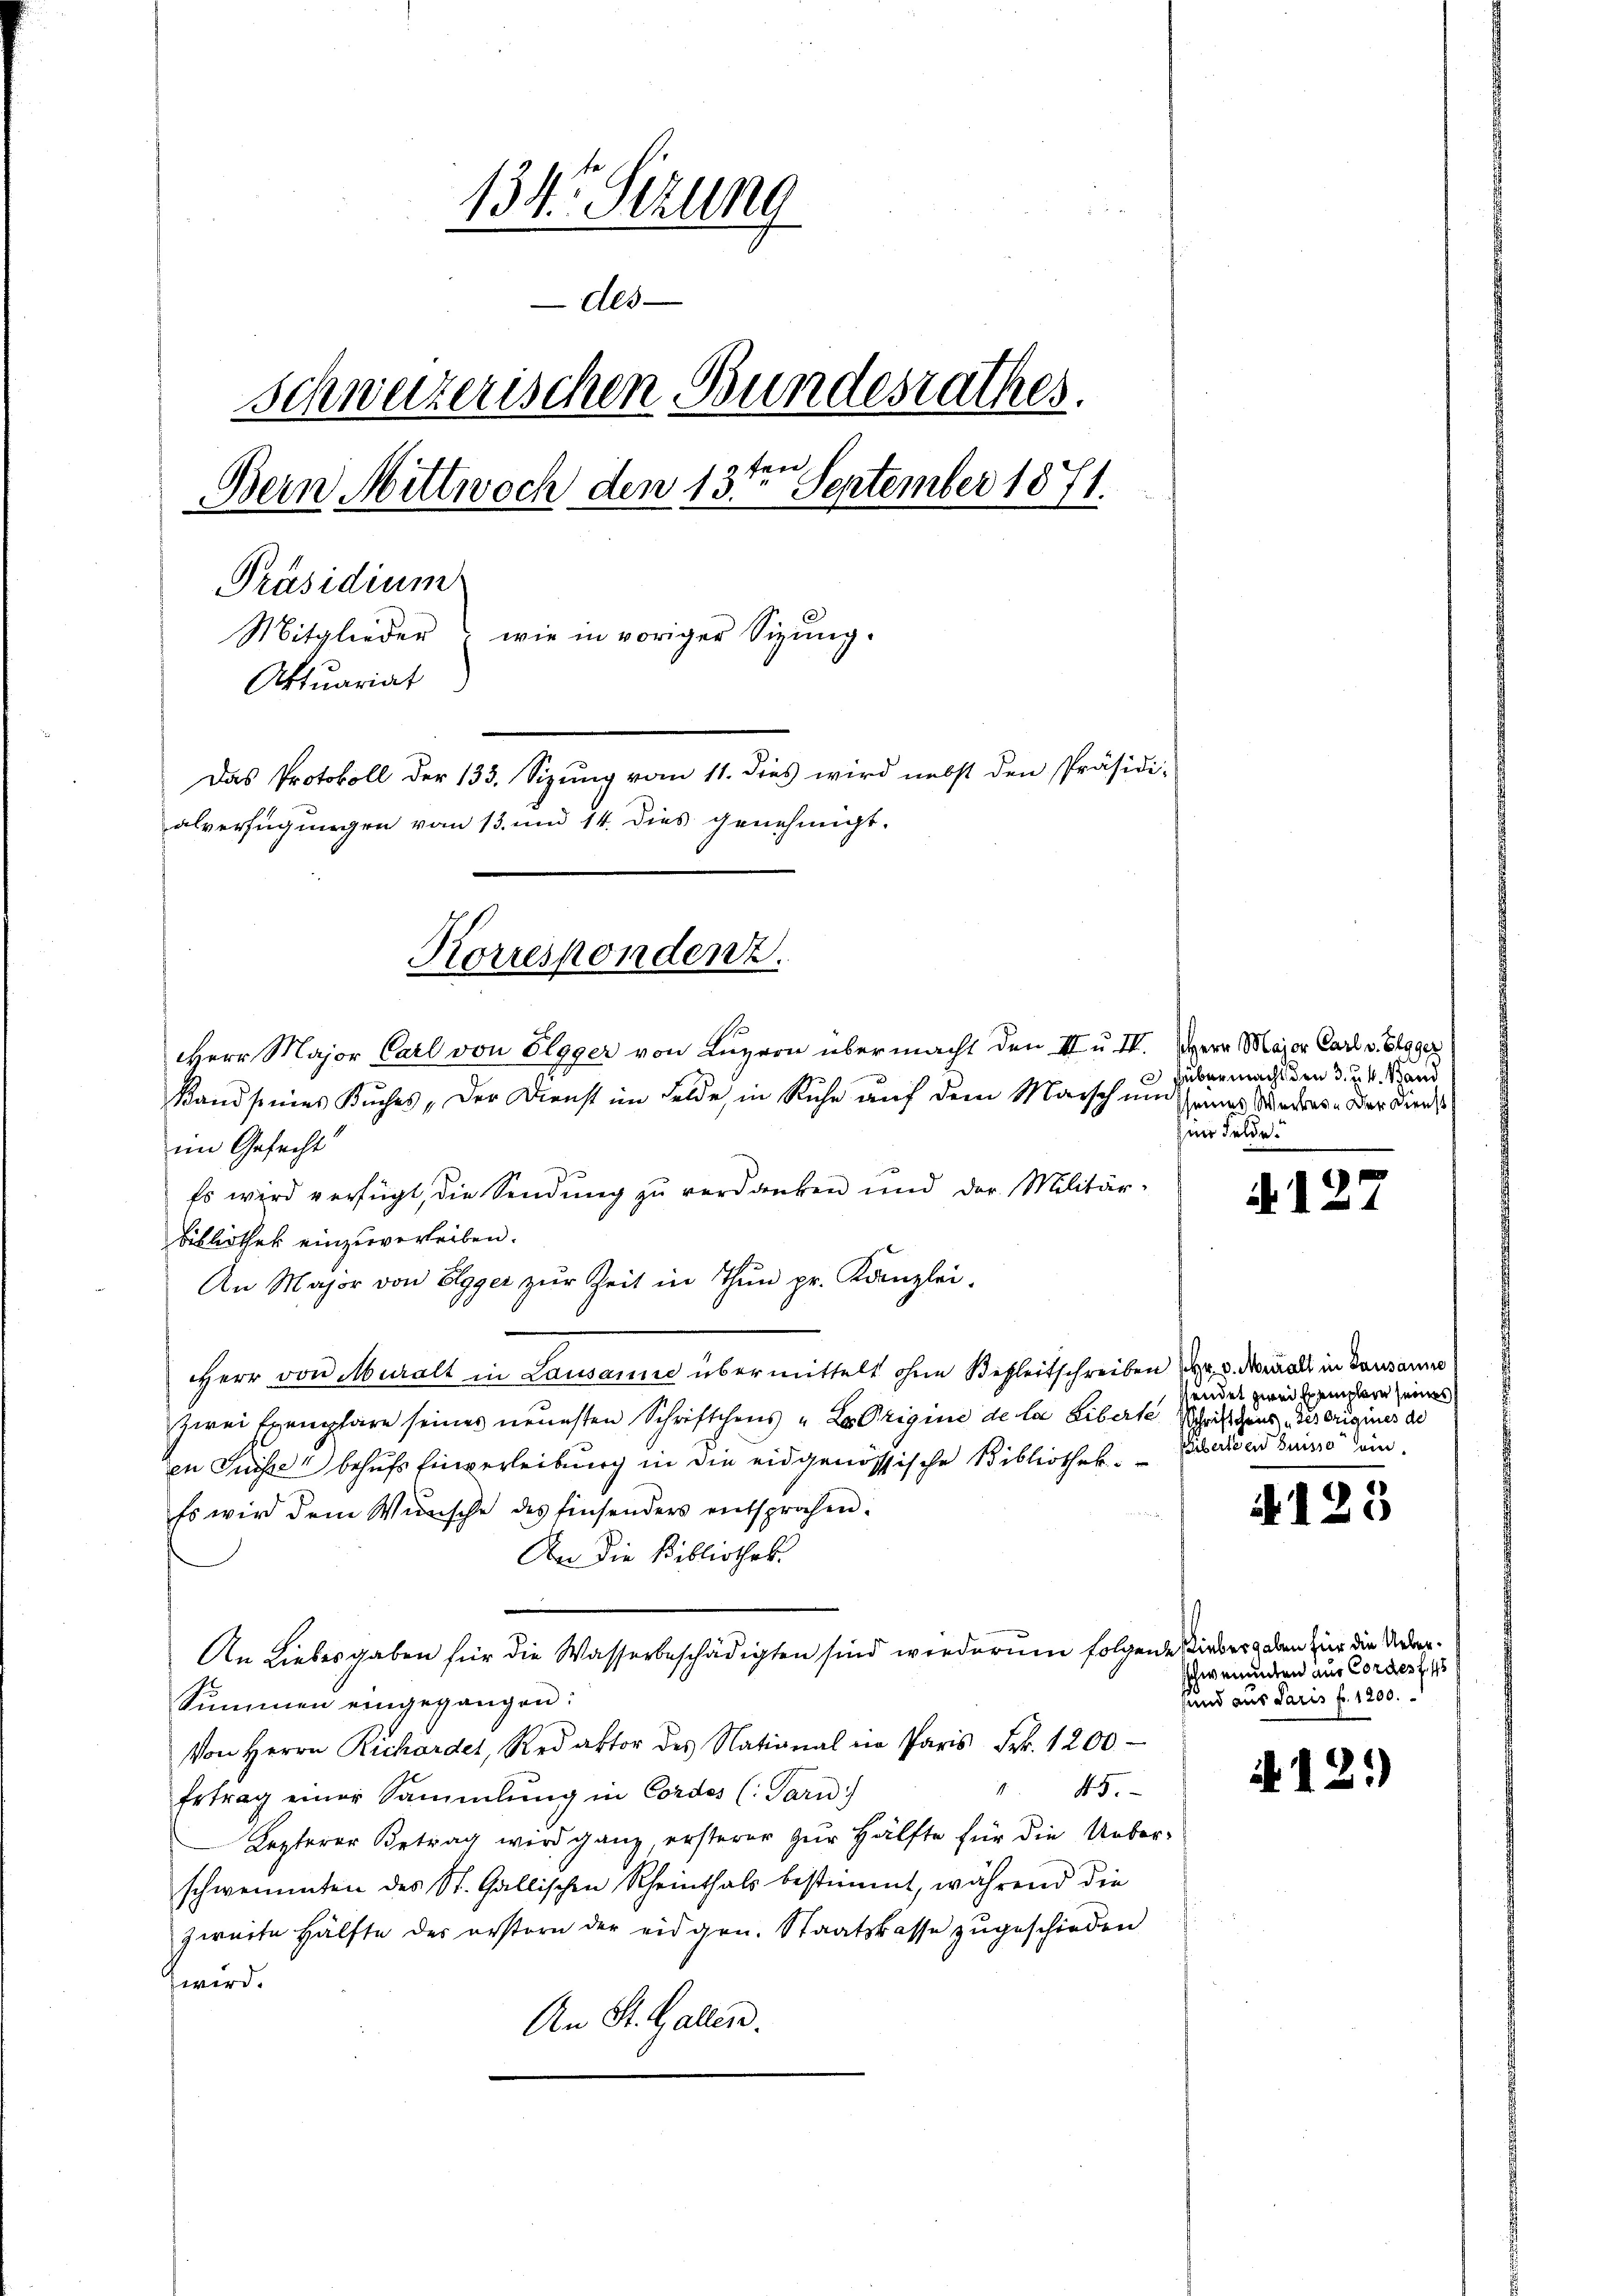
134. Sizung
des
Schweizerischen Bundesrathes.
ten,
Bein Mittwoch den 13. September 1871
Präsidium
Mitglieder wie in voriger Sigŭng.
Aktuariat
Das Protokoll der 133. Sizŭng vom 11. dies wird nebst den Präsidi-
alverfügungen vom 13. und 14. dies genehmigt.

Korrespondenz.

im Gefecht
Es wird verfügt, die Sendung zu verdanken und der Militär-
Bibliothek einzuverleiben.
An Major von Elgger zŭr Zeit in Thun pr. Kanzlei.
Herr von Muralt in Lausanne übermittelt ohne Begleitschreiben ( . Normals in Bausanne
zwei Exemplare seines neuesten Schriftchens „La Origine de la Liberte Schrifthaus des origines de
en Suisse behufs Einverleibung in die eidgenössische Bibliothek. Paten deine ein
Es wird dem Wünsche des Einsenders entsprochen.
An die Bibliothek
An Liebesgaben für die Wasserbeschädigten sind wiederum folgende Wieder den zur die Ueber¬
Summen eingegangen:
Von Herrn Richardel, Redaktor des National in Paris Frk. 1200.
 45.
Ertrag einer Sammlung in Cordos (Parn)
Lezterer Betrag wird ganz, ersterer zur Hälfte für die Ueberschwemmten des St. Gallischen Rheinthals bestimmt, während die
zweite Hälfte des erstern der eidgen. Staatskasse zŭgeschieden
wird.
An St. Gallen.

Herr Major Carl von Elgger von Luzern übermacht den III u. IV. Herr Major Carl v. Egger
Rand seines Buches „Der Dienst im Felde, in Ruhe auf dem Maisch um eines Werkes - Der Dienst

übermacht den 3. d. 4. Stand
in Felde.

N. 12.

sundet zwei Exemplare seines

A125

Schwenunten aus Cordes f. 45
sund aus Paris fr. 1200.

N 121)